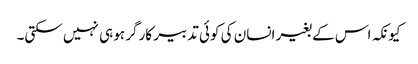
کیونکہ اس کے بغیر انسان کی کوئی تدبیر کارگر ہو ہی نہیں سکتی۔